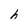
Character: h